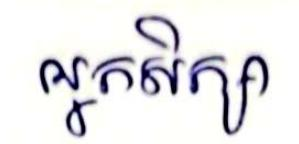
អ្នកសិក្សា